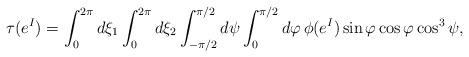
LaTeX: \begin{align*} \tau(e^I)= \int_0^{2\pi}d\xi_1\int_0^{2\pi}d\xi_2\int_{-\pi/2}^{\pi/2}d\psi \int_0^{\pi/2}d\varphi\,\phi(e^I)\sin\varphi\cos\varphi\cos^3\psi,\end{align*}